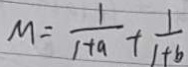
M = \frac { 1 } { 1 + a } + \frac { 1 } { 1 + b }